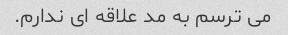
می ترسم به مد علاقه ای ندارم.